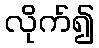
လိုက်၍